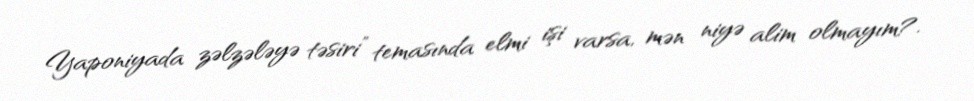
Yaponiyada zəlzələyə təsiri” temasında elmi işi varsa, mən niyə alim olmayım?.